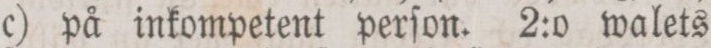
c) på inkompetent perſon. 2:o walets